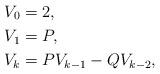
LaTeX: \begin{align*}V_0 &= 2,\\V_1 &= P,\\V_k &= P V_{k-1} - Q V_{k-2} ,\end{align*}